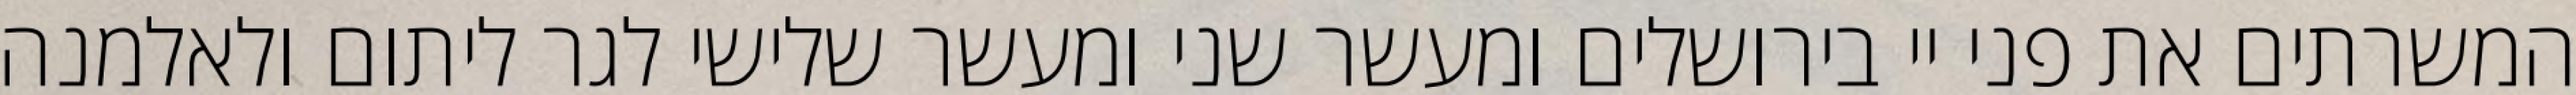
המשרתים את פני יי בירושלים ומעשר שני ומעשר שלישי לגר ליתום ולאלמנה